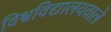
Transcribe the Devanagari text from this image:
विश्वविद्यालयवाले